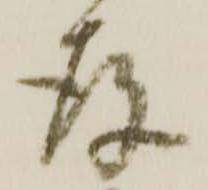
存